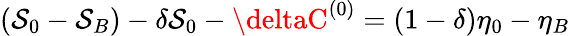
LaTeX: (\mathcal{S}_{0}-\mathcal{S}_{B})-\delta\mathcal{S}_{0}-\deltaC^{(0)}=(1-\delta)\eta_{0}-\eta_{B}